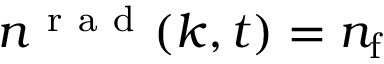
n ^ { \mathrm { ~ r ~ a ~ d ~ } } ( k , t ) = n _ { \mathrm { f } }